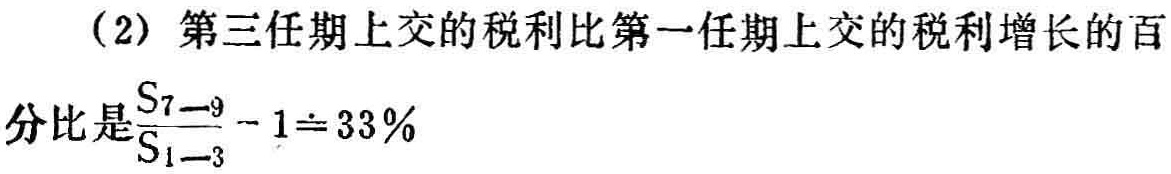
（2）第三任期上交的税利比第一任期上交的税利增长的百分比是$\frac{S_{7 - 9}}{S_{1 - 3}} - 1 \doteq 33\%$